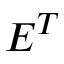
E ^ { T }